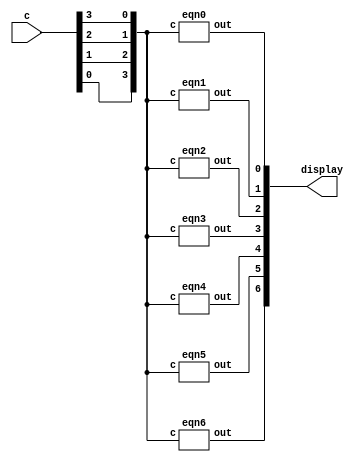
module hex_decoder(c, display);

	input [0:3] c;
	wire [0:3] d;
	assign d[0] = c[3];
	assign d[1] = c[2];
	assign d[2] = c[1];
	assign d[3] = c[0];
	output [0:6] display;
	
	eqn0 e0(d, display[6]); 
	eqn1 e1(d, display[5]); 
	eqn2 e2(d, display[4]); 
	eqn3 e3(d, display[3]); 
	eqn4 e4(d, display[2]); 
	eqn5 e5(d, display[1]); 
	eqn6 e6(d, display[0]); 

endmodule



module eqn0(c, out);
	
	input [0:3] c;
	output out;
	assign out = ~((c[3]|c[2]|c[1]|~c[0]) & (c[3]|~c[2]|c[1]|c[0]) & (~c[3]|c[2]|~c[1]|~c[0]) & (~c[3]|~c[2]|c[1]|~c[0]));

endmodule


module eqn1(c, out);
	
	input [0:3] c;
	output out;
	assign out = ~((c[3]|~c[2]|c[1]|~c[0]) & (c[3]|~c[2]|~c[1]|c[0]) & (~c[3]|c[2]|~c[1]|~c[0]) & (~c[3]|~c[2]|c[1]|c[0]) & (~c[3]|~c[2]|~c[1]|c[0]) & (~c[3]|~c[2]|~c[1]|~c[0]));

endmodule


module eqn2(c, out);
	
	input [0:3] c;
	output out;
	assign out = ~((c[3]|c[2]|~c[1]|c[0]) & (~c[3]|~c[2]|c[1]|c[0]) & (~c[3]|~c[2]|~c[1]|c[0]) & (~c[3]|~c[2]|~c[1]|~c[0]));

endmodule


module eqn3(c, out);
	
	input [0:3] c;
	output out;
	assign out = ~((c[3]|c[2]|c[1]|~c[0]) & (c[3]|~c[2]|c[1]|c[0]) & (c[3]|~c[2]|~c[1]|~c[0]) & (~c[3]|c[2]|~c[1]|c[0]) & (~c[3]|~c[2]|~c[1]|~c[0]));

endmodule


module eqn4(c, out);
	
	input [0:3] c;
	output out;
	assign out = ~((c[3]|c[2]|c[1]|~c[0]) & (c[3]|c[2]|~c[1]|~c[0]) & (c[3]|~c[2]|c[1]|c[0]) & (c[3]|~c[2]|c[1]|~c[0]) & (c[3]|~c[2]|~c[1]|~c[0]) & (~c[3]|c[2]|c[1]|~c[0]));

endmodule


module eqn5(c, out);
	
	input [0:3] c;
	output out;
	assign out = ~((c[3]|c[2]|c[1]|~c[0]) & (c[3]|c[2]|~c[1]|c[0]) & (c[3]|c[2]|~c[1]|~c[0]) & (c[3]|~c[2]|~c[1]|~c[0]) & (~c[3]|~c[2]|c[1]|~c[0]));

endmodule


module eqn6(c, out);
	
	input [0:3] c;
	output out;
	assign out = ~((c[3]|c[2]|c[1]|c[0]) & (c[3]|c[2]|c[1]|~c[0]) & (c[3]|~c[2]|~c[1]|~c[0]) & (~c[3]|~c[2]|c[1]|c[0]));

endmodule